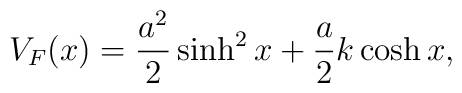
V_F(x)=\frac{a^2}2\sinh^2x+\frac a2 k\cosh x,